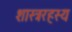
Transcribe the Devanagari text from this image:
शास्त्ररहस्य